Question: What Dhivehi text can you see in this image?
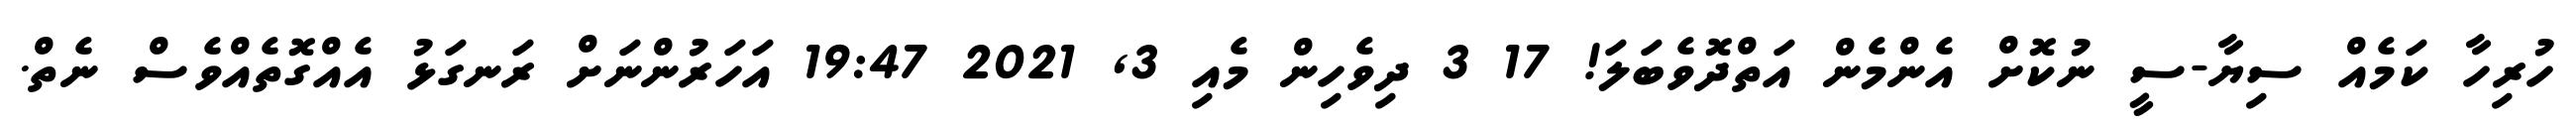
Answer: ހުރިހާ ކަމެއް ސިޔާ-ސީ ނުކޮށް އެންމެން އަތްދޮވެބަލަ! 17 3 ދިވެހިން މެއި 3, 2021 19:47 އަހަރުންނަށް ރަނގަޅު އެއްގޮތެއްވެސް ނެތް.